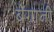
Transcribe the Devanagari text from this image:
बेंगाजी